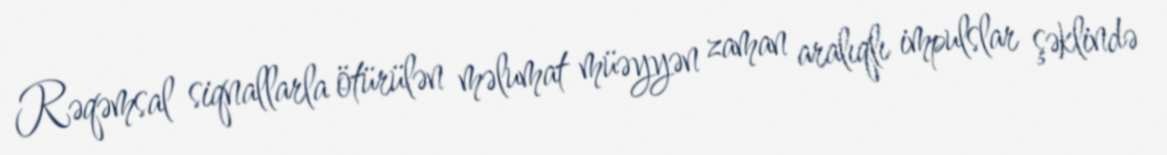
Rəqəmsal siqnallarla ötürülən məlumat müəyyən zaman aralıqlı impulslar şəklində